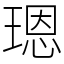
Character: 𤨒